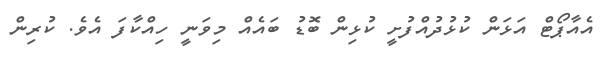
އެއާޕޯޓް އަޅަން ކުޅުދުއްފުށީ ކުޅިން ބޮޑު ބައެއް މިވަނީ ހިއްކާފަ އެވެ. ކުރިން